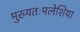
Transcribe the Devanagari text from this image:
मुख्यतःमलेशिया